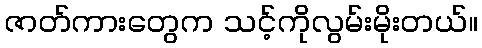
ဇာတ်ကားတွေက သင့်ကိုလွမ်းမိုးတယ်။